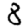
Digit: 8